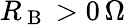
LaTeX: R_{\mathrm{~B~}}>0\, \Omega